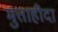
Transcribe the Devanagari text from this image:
मुत्ताहीदा